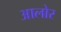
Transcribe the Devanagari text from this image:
आलोर